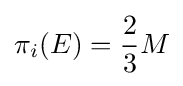
\pi _{i}(E)={\frac {2}{3}}M